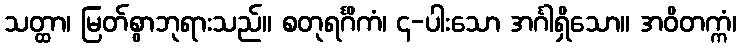
သတ္ထာ၊ မြတ်စွာဘုရားသည်။ စတုရင်္ဂိကံ၊ ၄-ပါးသော အင်္ဂါရှိသော။ အဝိတက္ကံ၊